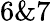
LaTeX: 6\& 7